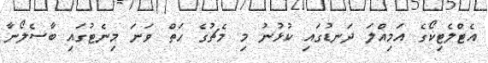
އެޓްލެޓިކޯގެ އަމިއްލަ ދަނޑުގައި ކުޅުނު މި މެޗުގެ ހަތް ވަނަ މިނެޓުގައި ބާސެލޯނާ